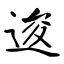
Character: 逡